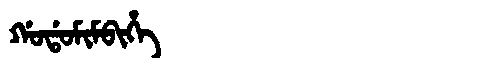
Manchu: ᡤᠣᡩᠣᠮᡳᠮᠪᡳᡥᡝ
Romanization: GODOMIMBIHE